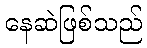
နေဆဲဖြစ်သည်